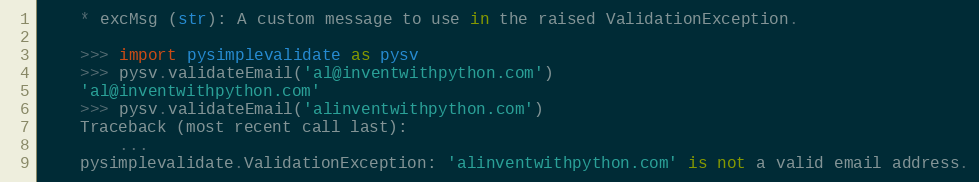
Language: Python
    * excMsg (str): A custom message to use in the raised ValidationException.

    >>> import pysimplevalidate as pysv
    >>> pysv.validateEmail('al@inventwithpython.com')
    'al@inventwithpython.com'
    >>> pysv.validateEmail('alinventwithpython.com')
    Traceback (most recent call last):
        ...
    pysimplevalidate.ValidationException: 'alinventwithpython.com' is not a valid email address.